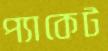
প্যাকেট